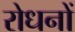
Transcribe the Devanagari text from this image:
रोधनों